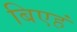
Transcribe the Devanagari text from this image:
बिएहं